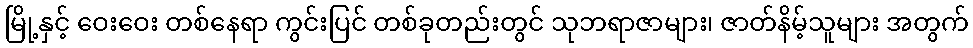
မြို့နှင့် ဝေးဝေး တစ်နေရာ ကွင်းပြင် တစ်ခုတည်းတွင် သုဘရာဇာများ၊ ဇာတ်နိမ့်သူများ အတွက်